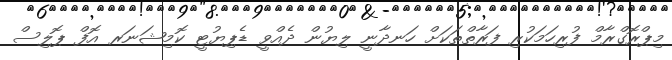
މިޕްރޮގްރާމް ފުރިހަމަކުރި ފަރާތްތަކަށް ހަނދާނީ ލިޔުން ދެއްވީ ޑެޕިޔުޓީ ކޮމިޝަނަރ އޮފް ޕޮލިސް